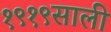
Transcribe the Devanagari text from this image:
१९१९साली